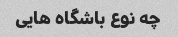
چه نوع باشگاه هایی